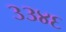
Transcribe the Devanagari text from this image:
३३४६